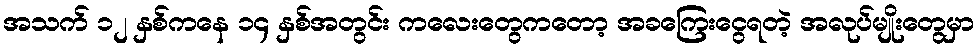
အသက် ၁၂ နှစ်ကနေ ၁၄ နှစ်အတွင်း ကလေးတွေကတော့ အခကြေးငွေရတဲ့ အလုပ်မျိုးတွေမှာ